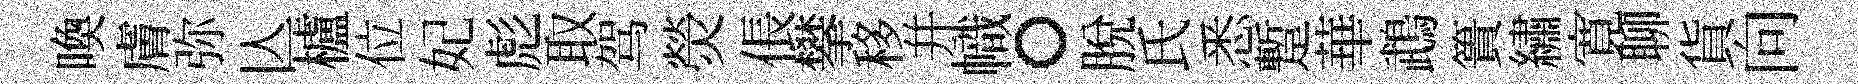
喚膚弥亾櫨位妃彪取驾熒倀攀移幷幟。脫氏悉蹔華鵡簣繡寛聊貨向